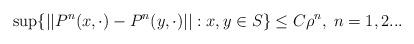
LaTeX: \begin{align*}\sup\{||P^n(x, \cdot) - P^n(y,\cdot)||: x,y \in S\} \leq C \rho^n, \; n=1,2...\end{align*}